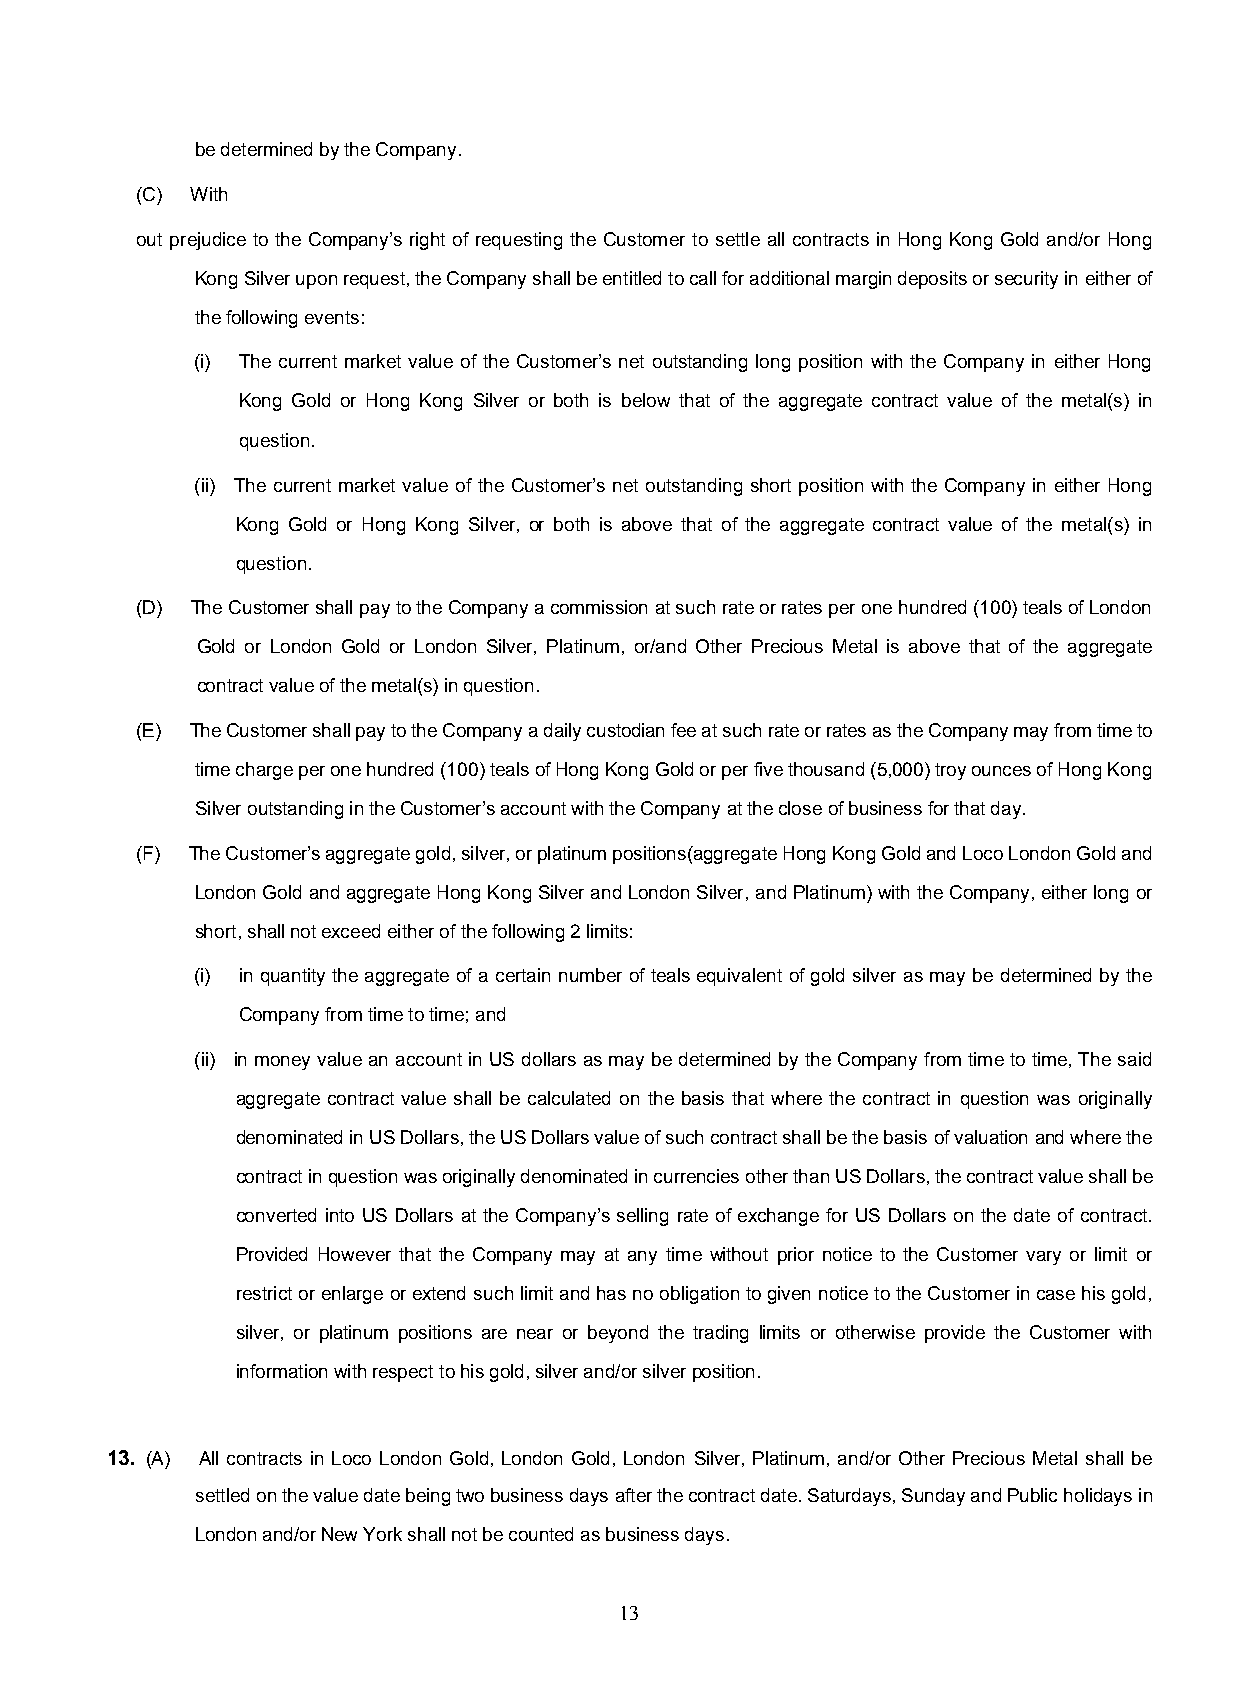
be determined by the Company.
 (C) With
 out prejudice to the Company’s right of requesting the Customer to settle all contracts in Hong Kong Gold and/or Hong
 Kong Silver upon request, the Company shall be entitled to call for additional margin deposits or security in either of
 the following events:
 (i) The current market value of the Customer’s net outstanding long position with the Company in either Hong
 Kong Gold or Hong Kong Silver or both is below that of the aggregate contract value of the metal(s) in
 question.
 (ii) The current market value of the Customer’s net outstanding short position with the Company in either Hong
 Kong Gold or Hong Kong Silver, or both is above that of the aggregate contract value of the metal(s) in
 question.
 (D) The Customer shall pay to the Company a commission at such rate or rates per one hundred (100) teals of London
 Gold or London Gold or London Silver, Platinum, or/and Other Precious Metal is above that of the aggregate
 contract value of the metal(s) in question.
 (E) The Customer shall pay to the Company a daily custodian fee at such rate or rates as the Company may from time to
 time charge per one hundred (100) teals of Hong Kong Gold or per five thousand (5,000) troy ounces of Hong Kong
 Silver outstanding in the Customer’s account with the Company at the close of business for that day.
 (F) The Customer’s aggregate gold, silver, or platinum positions(aggregate Hong Kong Gold and Loco London Gold and
 London Gold and aggregate Hong Kong Silver and London Silver, and Platinum) with the Company, either long or
 short, shall not exceed either of the following 2 limits:
 (i) in quantity the aggregate of a certain number of teals equivalent of gold silver as may be determined by the
 Company from time to time; and
 (ii) in money value an account in US dollars as may be determined by the Company from time to time, The said
 aggregate contract value shall be calculated on the basis that where the contract in question was originally
 denominated in US Dollars, the US Dollars value of such contract shall be the basis of valuation and where the
 contract in question was originally denominated in currencies other than US Dollars, the contract value shall be
 converted into US Dollars at the Company’s selling rate of exchange for US Dollars on the date of contract.
 Provided However that the Company may at any time without prior notice to the Customer vary or limit or
 restrict or enlarge or extend such limit and has no obligation to given notice to the Customer in case his gold,
 silver, or platinum positions are near or beyond the trading limits or otherwise provide the Customer with
 information with respect to his gold, silver and/or silver position.
 13. (A) All contracts in Loco London Gold, London Gold, London Silver, Platinum, and/or Other Precious Metal shall be
 settled on the value date being two business days after the contract date. Saturdays, Sunday and Public holidays in
 London and/or New York shall not be counted as business days.
 13